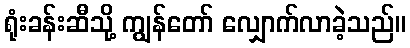
ရုံးခန်းဆီသို့ ကျွန်တော် လျှောက်လာခဲ့သည်။